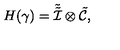
H ( \gamma ) = \tilde { \tilde { { \cal I } } } \otimes \tilde { { \cal C } } ,